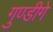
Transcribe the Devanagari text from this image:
गुण्डीगे